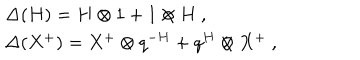
\begin{array} { r c l } { { } } & { { } } & { { \Delta ( H ) = H \otimes 1 + 1 \otimes H ~ , } } \\ { { } } & { { } } & { { \Delta ( X ^ { + } ) = X ^ { + } \otimes q ^ { - H } + q ^ { H } \otimes X ^ { + } ~ , } } \\ \end{array}